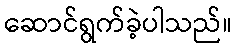
ဆောင်ရွက်ခဲ့ပါသည်။